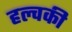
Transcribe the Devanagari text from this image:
हल्वकी